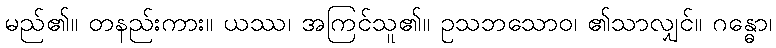
မည်၏။ တနည်းကား။ ယဿ၊ အကြင်သူ၏။ ဥသဘသောဝ၊ ၏သာလျှင်။ ဂန္ဓော၊